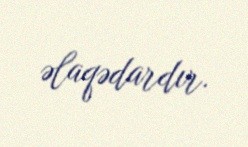
əlaqədardır.